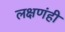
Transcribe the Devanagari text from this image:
लक्षणंही